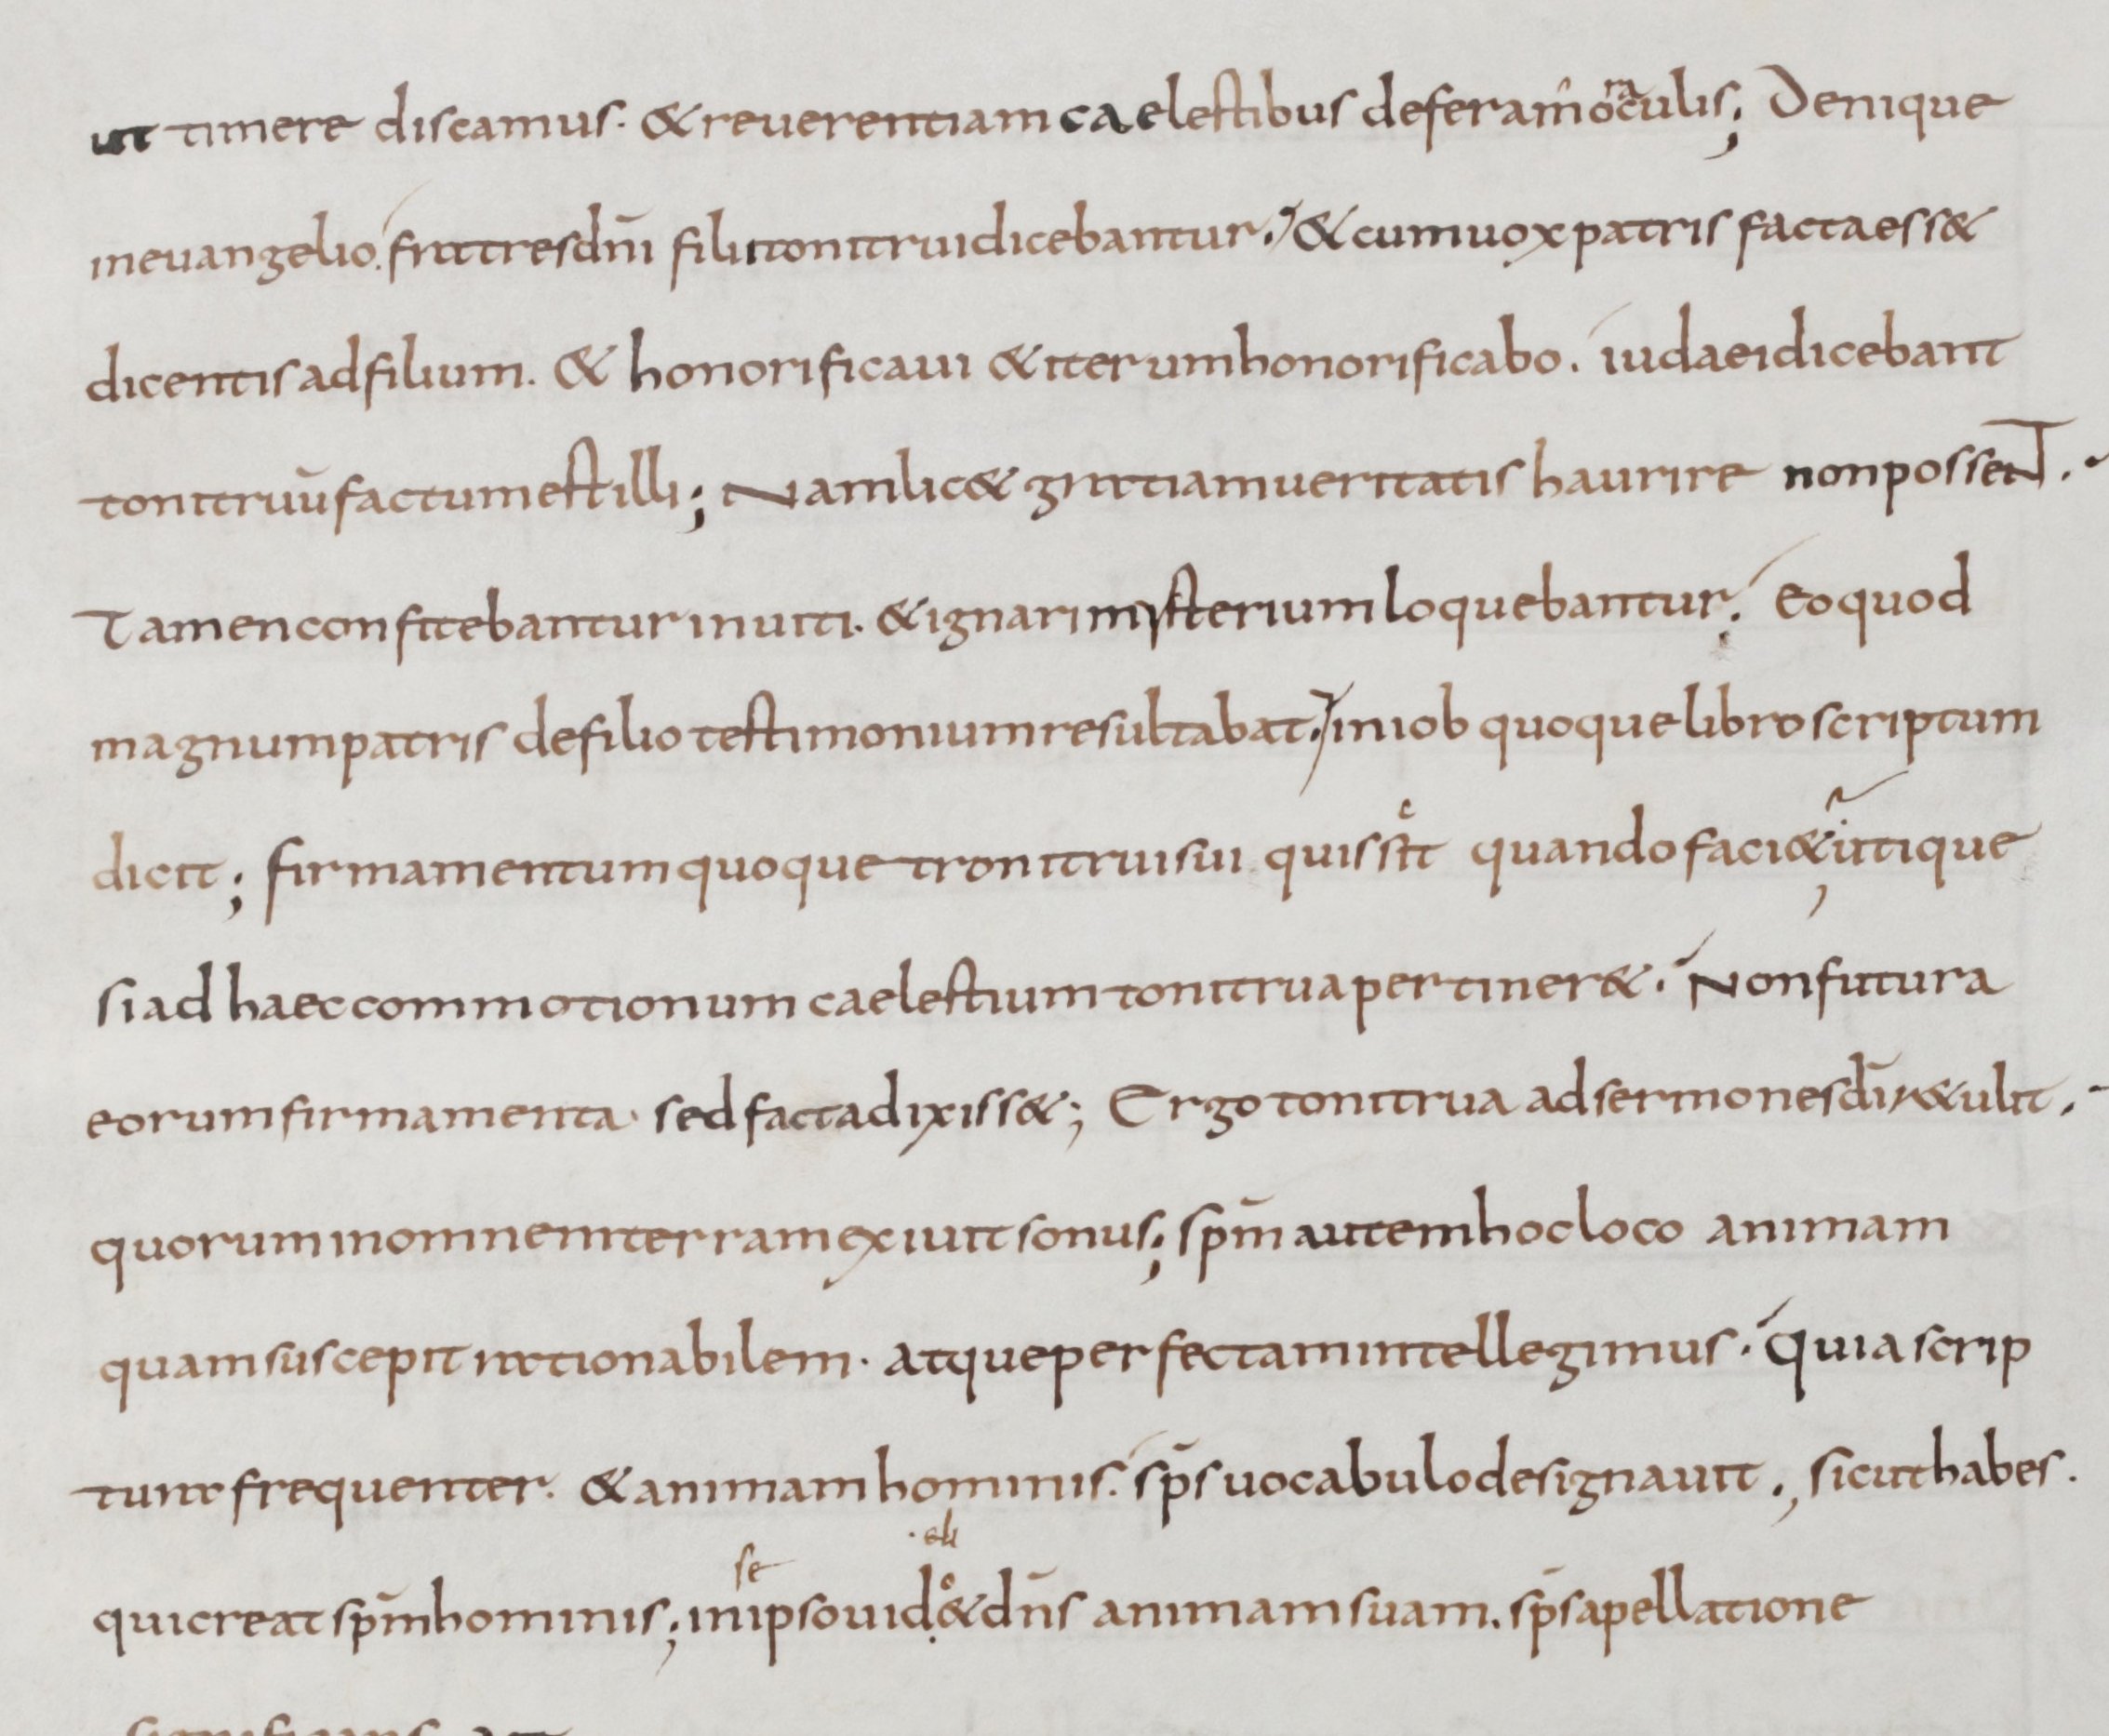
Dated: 800–899